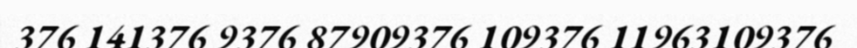
376 141376 9376 87909376 109376 11963109376